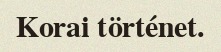
Korai történet.